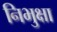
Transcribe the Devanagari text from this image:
निभुक्षा